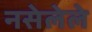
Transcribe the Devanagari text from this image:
नसेलेले